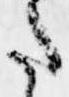
た